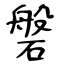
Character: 磐